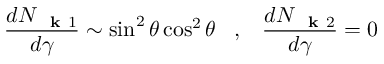
\frac { d N _ { \mathrm { ~ \bf ~ k ~ } 1 } } { d \gamma } \sim \sin ^ { 2 } \theta \cos ^ { 2 } \theta \; \; \; , \; \; \; \frac { d N _ { \mathrm { ~ \bf ~ k ~ } 2 } } { d \gamma } = 0